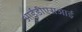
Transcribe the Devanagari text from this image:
आईडीएसआई